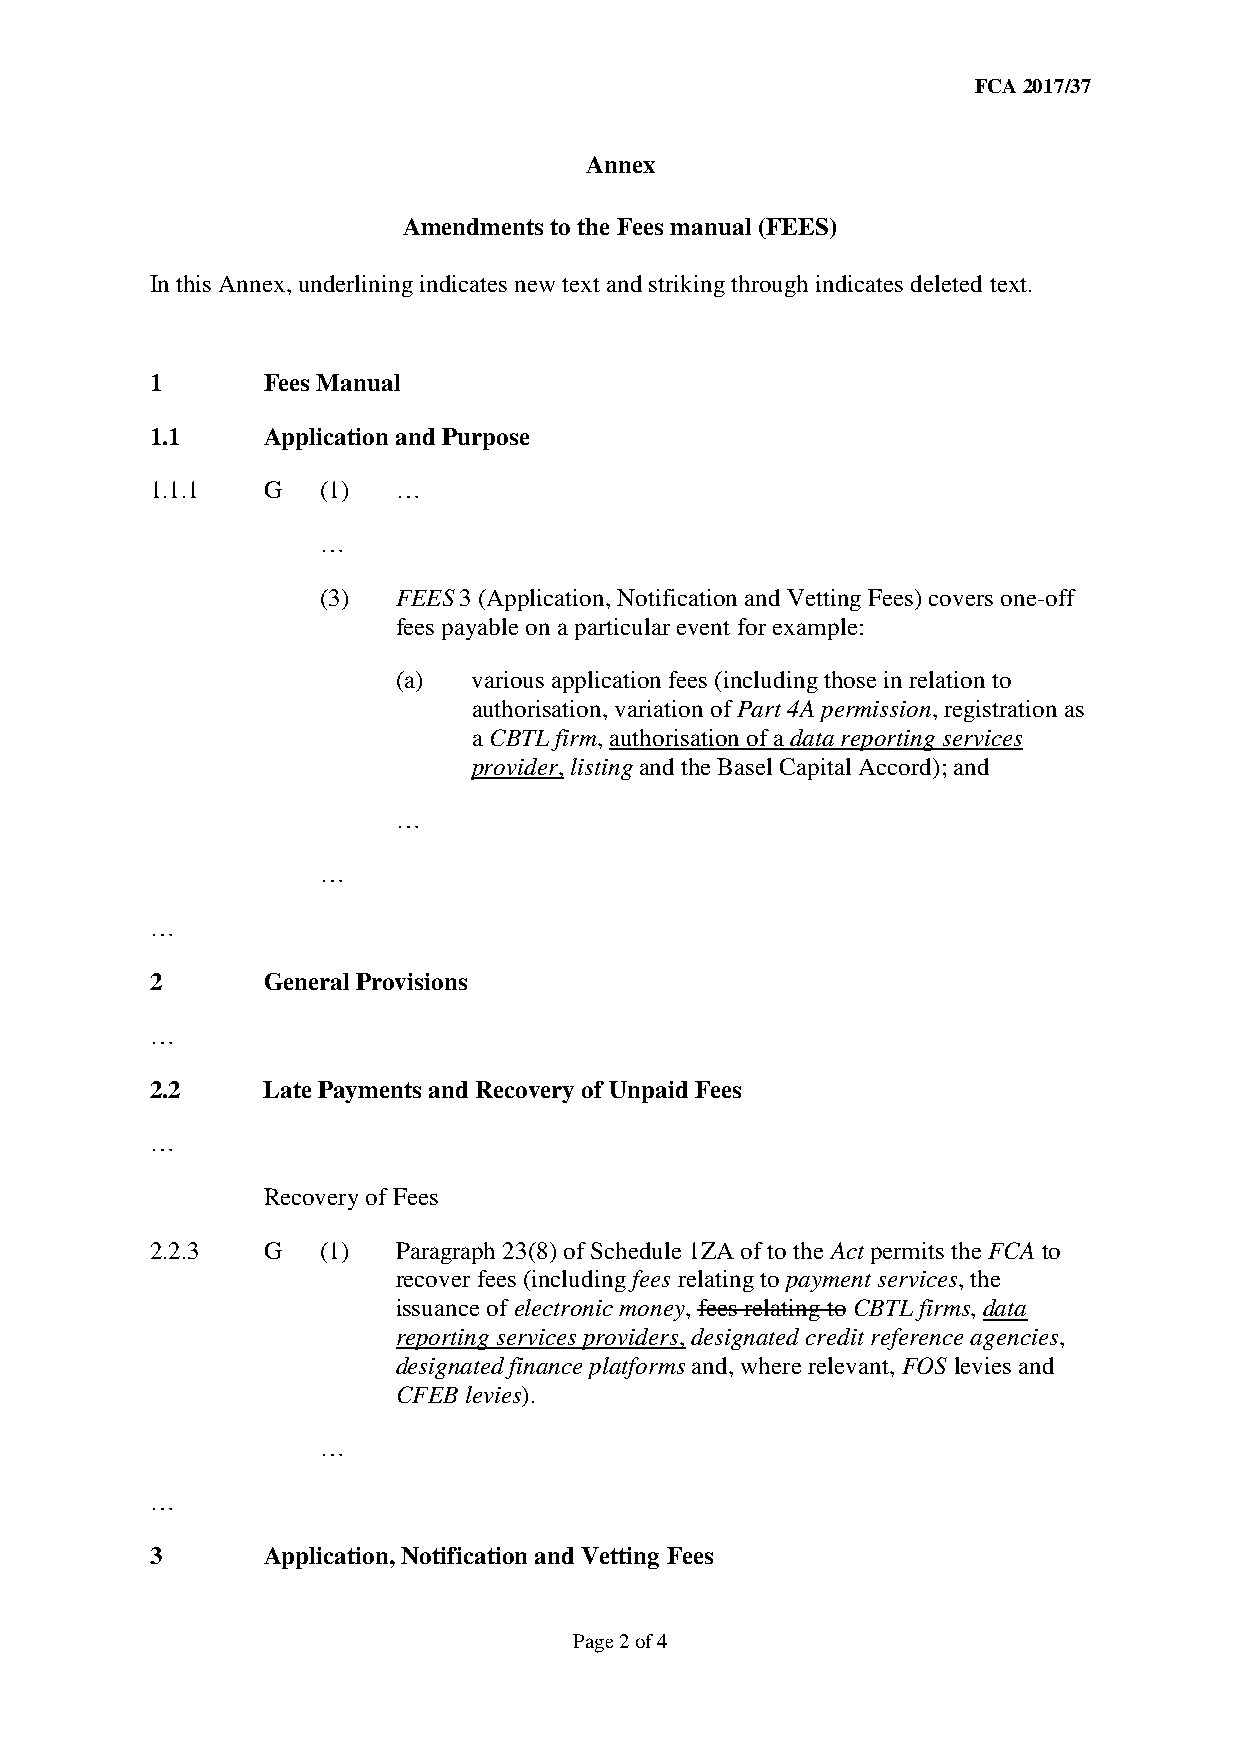
FCA 2017/37
 Annex
 Amendments to the Fees manual (FEES)
 In this Annex, underlining indicates new text and striking through indicates deleted text.
 1      Fees Manual
 1.1    Application and Purpose
 1.1.1  G   (1)  …
 …
 (3)  FEES 3 (Application, Notification and Vetting Fees) covers one-off
 fees payable on a particular event for example:
 (a)  various application fees (including those in relation to
 authorisation, variation of Part 4A permission, registration as
 a CBTL firm, authorisation of a data reporting services
 provider, listing and the Basel Capital Accord); and
 …
 …
 …
 2      General Provisions
 …
 2.2    Late Payments and Recovery of Unpaid Fees
 …
 Recovery of Fees
 2.2.3  G   (1)  Paragraph 23(8) of Schedule 1ZA of to the Act permits the FCA to
 recover fees (including fees relating to payment services, the
 issuance of electronic money, fees relating to CBTL firms, data
 reporting services providers, designated credit reference agencies,
 designated finance platforms and, where relevant, FOS levies and
 CFEB levies).
 …
 …
 3      Application, Notification and Vetting Fees
 Page 2 of 4